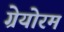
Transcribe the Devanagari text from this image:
ग्रेयोरम